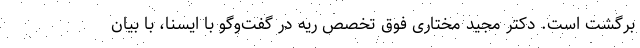
برگشت است. دکتر مجید مختاری فوق تخصص ریه در گفت‌وگو با ایسنا، با بیان